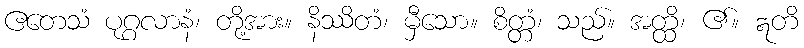
ဧတေသံ ပုဂ္ဂလာနံ၊ တို့အား။ နိဿိတံ၊ မှီသော။ စိတ္တံ၊ သည်။ အတ္ထိ၊ ၏။ ဣတိ